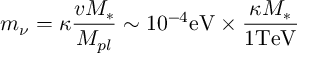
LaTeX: m _ { \nu } = \kappa \frac { v M _ { * } } { M _ { p l } } \sim 1 0 ^ { - 4 } \mathrm { e V } \times \frac { \kappa M _ { * } } { 1 \mathrm { T e V } }